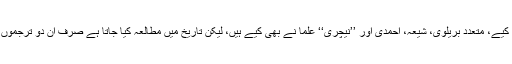
اس کے علاوہ، ’’قرآن‘‘ کے اردو ترجمے صرف شاہ ولی اللہ کے دو فرزندوں نے نہیں کیے، متعدد بریلوی، شیعہ، احمدی اور ’’نیچری‘‘ علما نے بھی کیے ہیں، لیکن تاریخ میں مطالعہ کیا جاتا ہے صرف ان دو ترجموں کا، جیسے باقی ترجمے بنگلہ زبان میں کیے گئے ہوں یا جیسے اردو دیوبندی زبان ہو۔